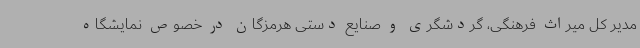
مدیر کل میراث فرهنگی، گردشگری و صنایع دستی هرمزگان در خصوص نمایشگاه